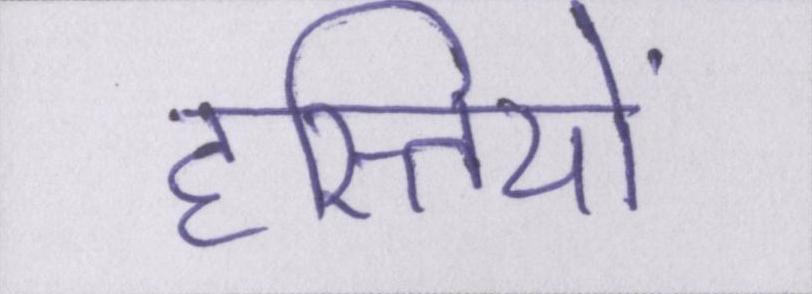
हस्तियों